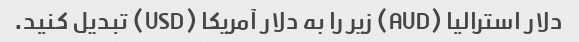
دلار استرالیا (AUD) زیر را به دلار آمریکا (USD) تبدیل کنید.